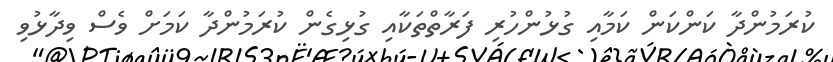
ކުރަމުންދާ ކަންކަން ކަމާއި ގުޅުންހުރި ފަރާތްތަކާއި ގުޅިގެން ކުރަމުންދާ ކަމަށް ވެސް ވިދާޅުވި